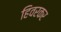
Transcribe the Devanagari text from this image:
हिवरकर